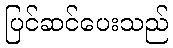
ပြင်ဆင်ပေးသည်